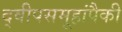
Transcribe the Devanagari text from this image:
द्वीपसमूहांपैकी